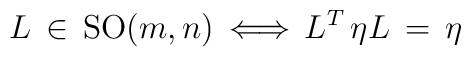
L \, \in \, \mathrm{SO}(m,n) \, \Longleftrightarrow \, L^T \, \eta L \, = \,\eta